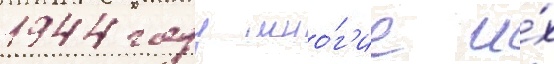
1944 году мно́г'ие и́х